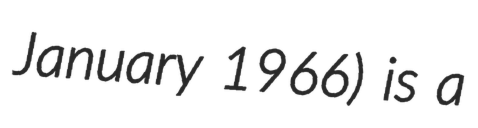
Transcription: January 1966) is a